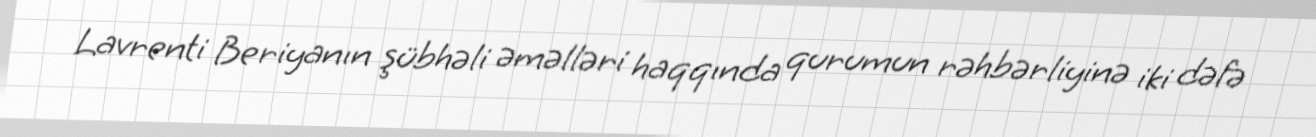
Lavrenti Beriyanın şübhəli əməlləri haqqında qurumun rəhbərliyinə iki dəfə